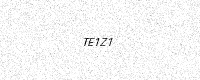
Text: TE1Z1